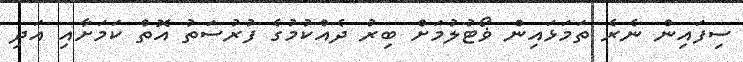
ސިފައިން ނެރެ ތަމަޅައިން ޥޯޓުލުމަށް ބިރު ދެއްކުމުގެ ފުރުސަތު އޮތް ކަމަށާއި އަދި